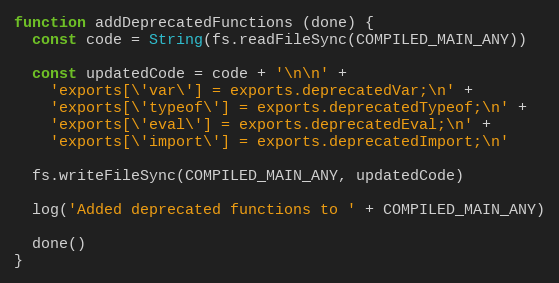
Language: JavaScript
function addDeprecatedFunctions (done) {
  const code = String(fs.readFileSync(COMPILED_MAIN_ANY))

  const updatedCode = code + '\n\n' +
    'exports[\'var\'] = exports.deprecatedVar;\n' +
    'exports[\'typeof\'] = exports.deprecatedTypeof;\n' +
    'exports[\'eval\'] = exports.deprecatedEval;\n' +
    'exports[\'import\'] = exports.deprecatedImport;\n'

  fs.writeFileSync(COMPILED_MAIN_ANY, updatedCode)

  log('Added deprecated functions to ' + COMPILED_MAIN_ANY)

  done()
}